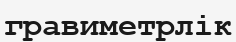
гравиметрлік